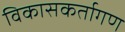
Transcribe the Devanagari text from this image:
विकासकर्तागण